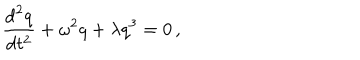
{ \frac { \mathrm { d } ^ { 2 } q } { \mathrm { d } t ^ { 2 } } } + \omega ^ { 2 } q + \lambda q ^ { 3 } = 0 \, ,